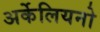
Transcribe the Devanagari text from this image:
अर्केलियनो